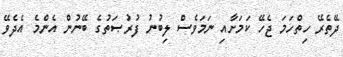
ދޭތެރޭ ހިތްހަމަ ޖެހޭ ކަމަށާއި ނަމަވެސް ލިބުނު ފުރުޞަތުގެ ބޭނުން އެންމެ އެދެވޭ